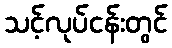
သင့်လုပ်ငန်းတွင်